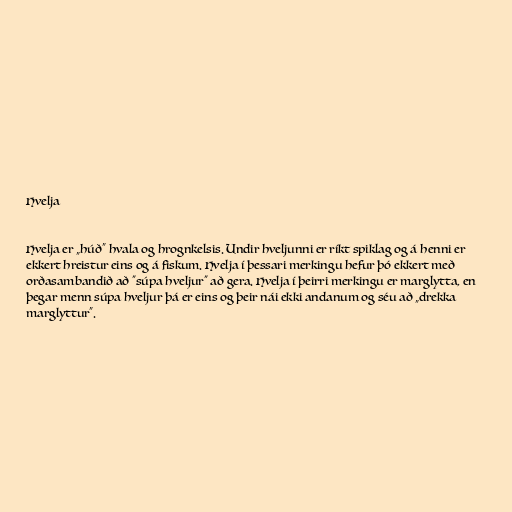
Hvelja

Hvelja er „húð“ hvala og hrognkelsis. Undir hveljunni er ríkt spiklag og á henni er
ekkert hreistur eins og á fiskum. Hvelja í þessari merkingu hefur þó ekkert með
orðasambandið að "súpa hveljur" að gera. Hvelja í þeirri merkingu er marglytta, en
þegar menn súpa hveljur þá er eins og þeir nái ekki andanum og séu að „drekka
marglyttur“.